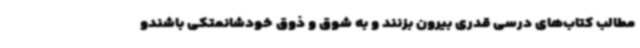
مطالب کتاب‌های درسی قدری بیرون بزنند و به شوق و ذوق خودشانمتکی باشندو